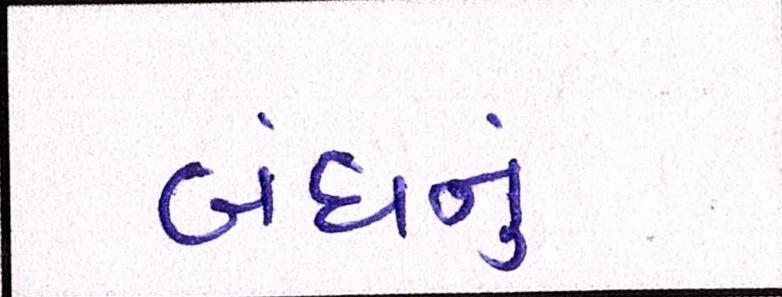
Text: બંધનું